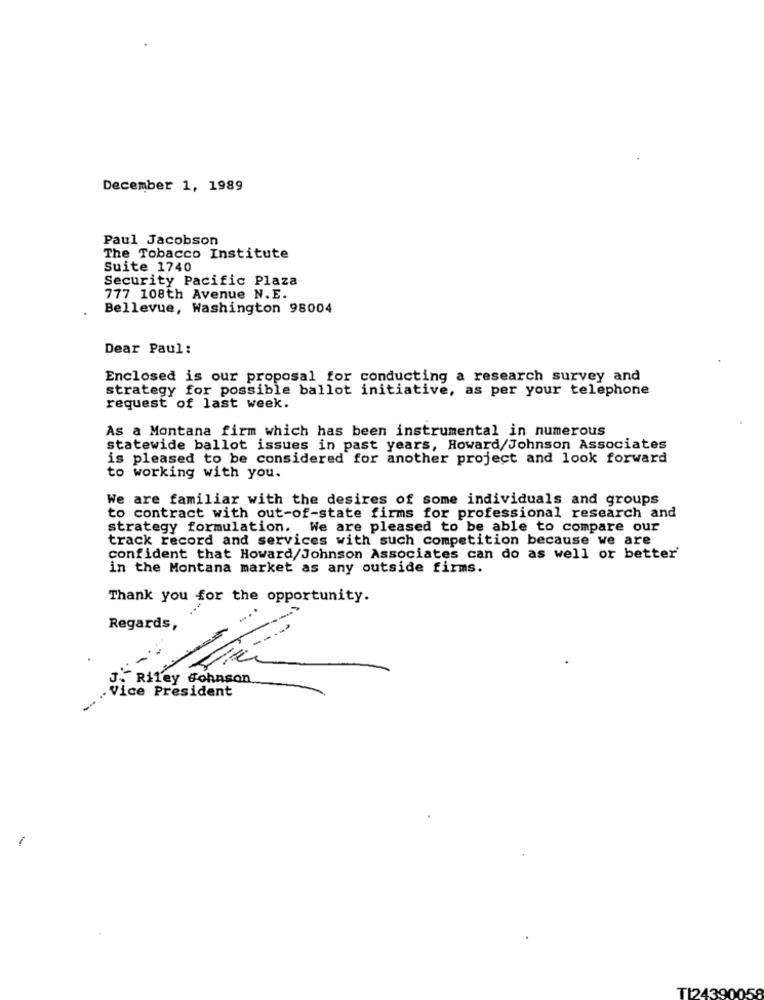
December 1, 1989
Paul Jacobson
The Tobacco Institute
Suite 1740
Security Pacific Plaza
777 108th Avenue N.E.
Bellevue, Washington 98004
Dear Paul:
Enclosed is our proposal for conducting a research survey and
strategy for possible ballot initiative, as per your telephone
request of last week.
As a Montana firm which has been instrumental in numerous
statewide ballot issues in past years, Howard/Johnson Associates
is pleased to be considered for another project and look forward
to working with you.
We are familiar with the desires of some individuals and groups
to contract with out-of-state firms for professional research and
strategy formulation. We are pleased to be able to compare our
track record and services with such competition because we are
confident that Howard/Johnson Associates can do as well or better
in the Montana market as any outside firms.
Thank you for the opportunity.
Regards,
J." Riley Johnson.
. Vice President
TI24390058